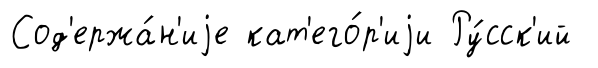
Сод'ержа́н'иjе кат'его́р'иjи Ру́сск'ий